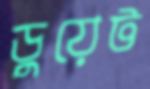
ডুয়েট